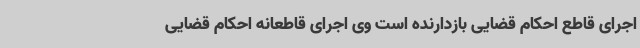
اجرای قاطع احکام قضایی بازدارنده است وی اجرای قاطعانه احکام قضایی